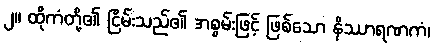
၂။ ထိုကံတို့၏ ငြိမ်းသည်၏ အစွမ်းဖြင့် ဖြစ်သော နိဿာရဏကံ၊